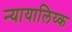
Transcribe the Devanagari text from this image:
न्यायालिय्क